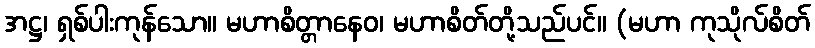
အဋ္ဌ၊ ရှစ်ပါးကုန်သော။ မဟာစိတ္တာနေဝ၊ မဟာစိတ်တို့သည်ပင်။ (မဟာ ကုသိုလ်စိတ်